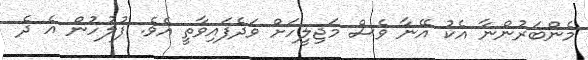
މެންބަރުންނާ އެކު އޭނާ ވެސް މަޖިލީހަށް ވަދެފައިވާތީ އެވެ. ފުލުހުން އެ ދެ